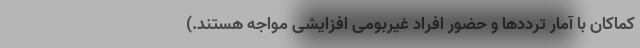
کماکان با آمار ترددها و حضور افراد غیربومی افزایشی مواجه هستند.)